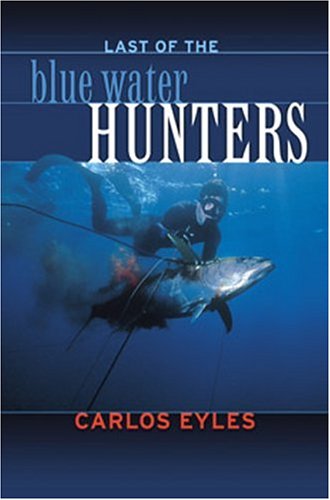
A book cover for Last of the Blue Water Hunters, Revised; Carlos Eyles; Sports & Outdoors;